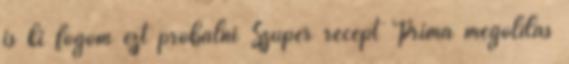
is ki fogom ezt próbálni Szuper recept Príma megoldás